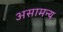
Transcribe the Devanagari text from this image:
असामन्य